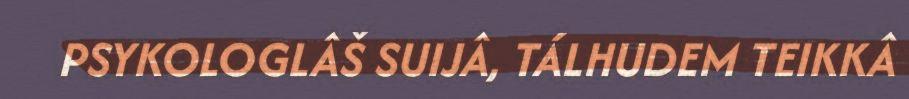
PSYKOLOGLÂŠ SUIJÂ, TÁLHUDEM TEIKKÂ